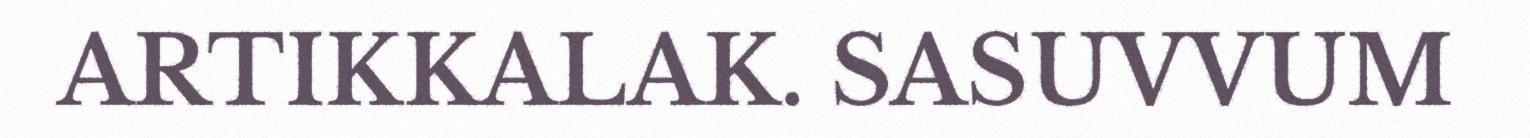
ARTIKKALAK. SASUVVUM